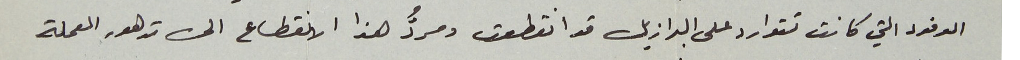
الوفود التي كانت تتوارد على البرازيل قد انقطعت ومردُّ هذا الانقطاع الى تدهور العملة